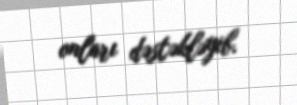
onları dəstəkləyib.